Leaving Certificate Examination (including Day School Certificate (Higher) General paper), 1935
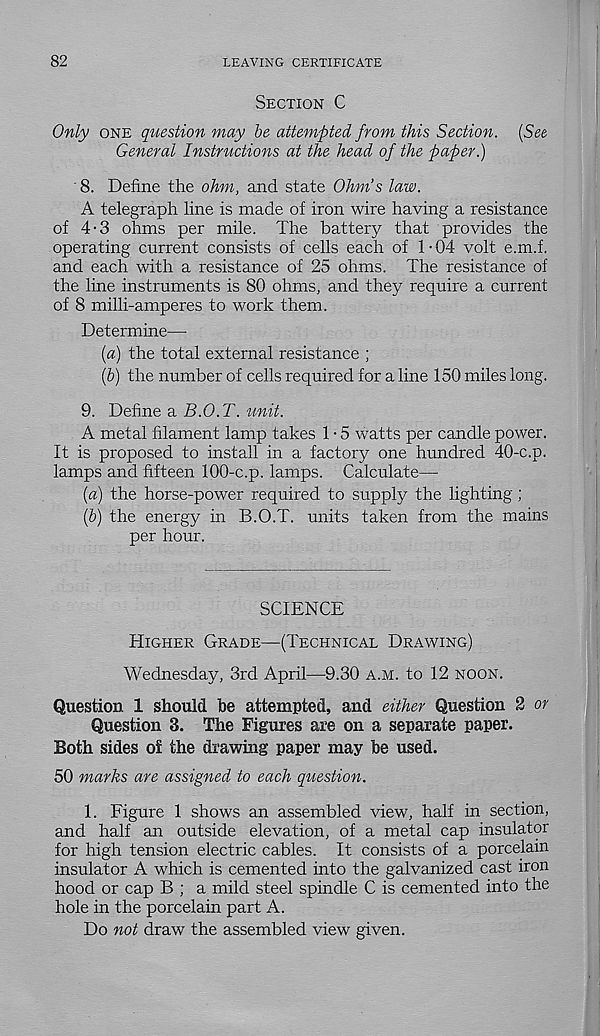
82
LEAVING CERTIFICATE
Section C
Only one question may be attempted from this Section. {See
General Instructions at the head of the paper.)
8. Define the ohm, and state Ohm’s law.
A telegraph line is made of iron wire having a resistance
of 4-3 ohms per mile. The battery that provides the
operating current consists of cells each of 1-04 volt e.m.f.
and each with a resistance of 25 ohms. The resistance of
the line instruments is 80 ohms, and they require a current
of 8 milli-amperes to work them.
Determine—
{a) the total external resistance ;
(&) the number of cells required for a line 150 miles long.
9. Define a B.O.T. unit.
A metal filament lamp takes 1 • 5 watts per candle power.
It is proposed to install in a factory one hundred 40-c.p.
lamps and fifteen 100-c.p. lamps. Calculate—
{a) the horse-power required to supply the lighting;
(&) the energy in B.O.T. units taken from the mains
per hour.
SCIENCE
Higher Grade—(Technical Drawing)
Wednesday, 3rd April—9.30 a.m. to 12 noon.
Question 1 should he attempted, and either Question 2 or
Question 3. The Figures are on a separate paper.
Both sides o£ the drawing paper may be used.
50 marks are assigned to each question.
1. Figure 1 shows an assembled view, half in section,
and half an outside elevation, of a metal cap insulator
for high tension electric cables. It consists of a porcelain
insulator A which is cemented into the galvanized cast iron
hood or cap B ; a mild steel spindle C is cemented into the
hole in the porcelain part A.
Do not draw the assembled view given.